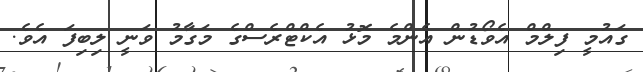
ގައުމީ ފިލްމް އެވޯޑުން އެންމެ މޮޅު އެކްޓްރެސްގެ މަގާމު ވަނީ ލިބިފަ އެވެ.